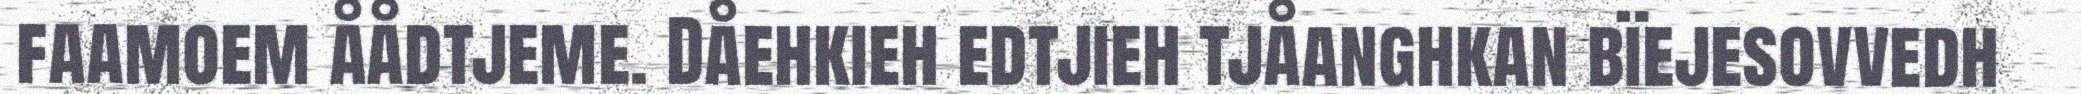
faamoem åådtjeme. Dåehkieh edtjieh tjåanghkan bïejesovvedh